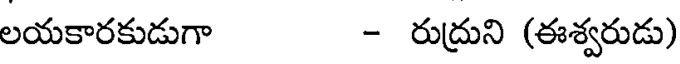
లయకారకుడుగా - రుద్రుని (ఈశ్వరుడు)